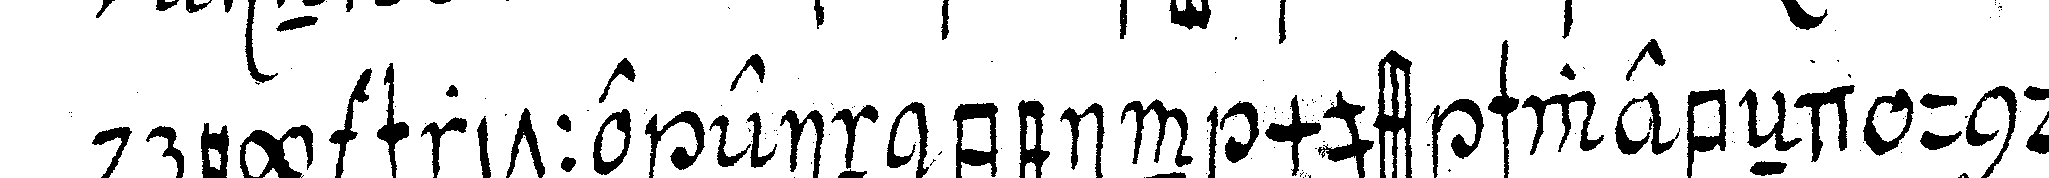
drey schritte ein bein muss schwebeNd und